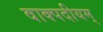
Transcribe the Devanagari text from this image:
वाक्पदीयम्‌